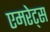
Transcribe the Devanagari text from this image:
एमरेट्स